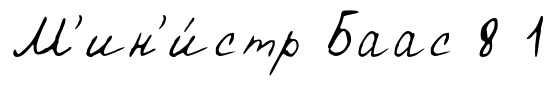
М'ин'и́стр Баас 8 1